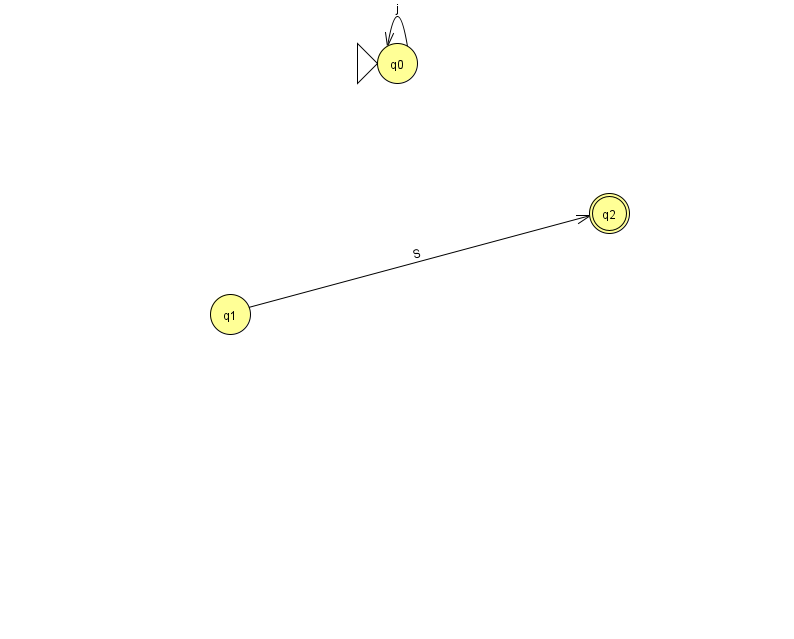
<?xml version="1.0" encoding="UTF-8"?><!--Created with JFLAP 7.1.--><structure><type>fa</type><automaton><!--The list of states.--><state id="0" name="q0"><x>397.0</x><y>50.0</y><initial/></state><state id="1" name="q1"><x>230.0</x><y>301.0</y></state><state id="2" name="q2"><x>609.0</x><y>200.0</y><final/></state><!--The list of transitions.--><transition><from>0</from><to>0</to><read>j</read></transition><transition><from>1</from><to>2</to><read>S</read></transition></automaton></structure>